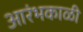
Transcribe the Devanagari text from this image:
आरंभकाळी